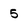
Character: 5